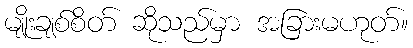
မျိုးချစ်စိတ် ဆိုသည်မှာ အခြားမဟုတ်။